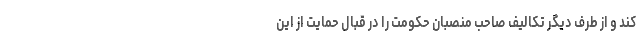
کند و از طرف دیگر تکالیف صاحب منصبان حکومت را در قبال حمایت از این